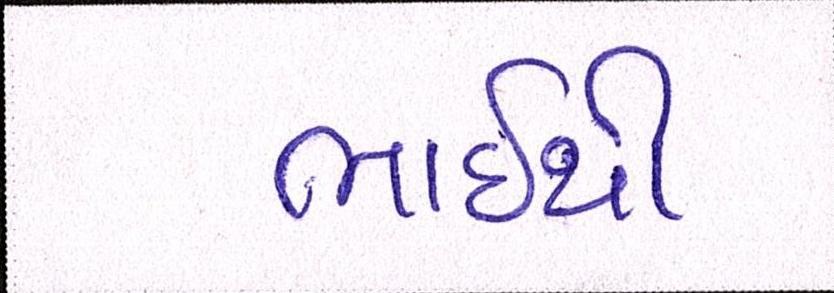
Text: ભાઇથી